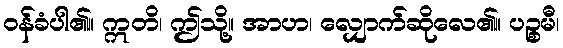
ဝန်ခံပါ၏။ ဣတိ၊ ဤသို့။ အာဟ၊ လျှောက်ဆိုလေ၏။ ပဉ္စမီ၊